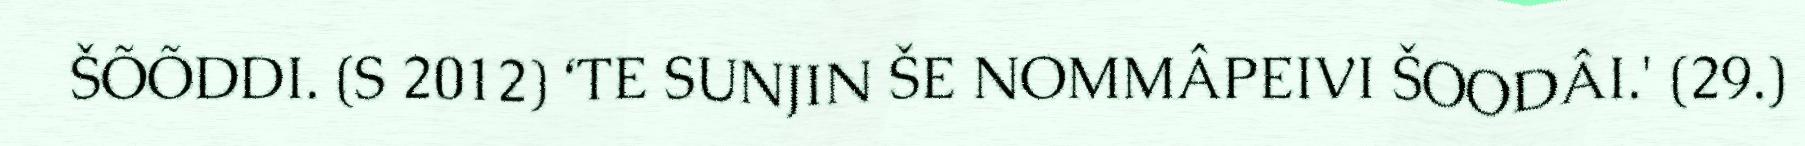
ŠÕÕDDI. (S 2012) ‘TE SUNJIN ŠE NOMMÂPEIVI ŠOODÂI.' (29.)